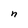
Character: n